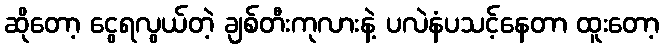
ဆိုတော့ ငွေရလွယ်တဲ့ ချစ်တီးကုလားနဲ့ ပလဲနံပသင့်နေတာ ထူးတော့